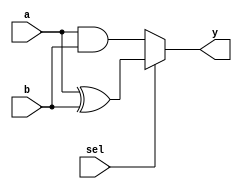
//
`timescale 1ns/10ps
module fn_sw(
        a,
        b,
        sel,
        y
);
input   a;
input   b;
input   sel;
output  y;
//1 ^
//assign y=sel?(a^b):(a&b); 
//2if-else
reg y;      //always reg
always @(a or b or sel) begin
    if (sel == 1)begin
        y<=a^b;
    end
    else begin
        y<=a&b;
    end
end
endmodule

module fn_sw_tb;
reg     aa,bb,ss;
wire    yy;
fn_sw fn_sw(
        .a(aa),
        .b(bb),
        .sel(ss),
        .y(yy)
);

initial begin
        aa<=0;bb<=0;ss<=0;
    #10 aa<=0;bb<=0;ss<=1;
    #10 aa<=0;bb<=1;ss<=0;
    #10 aa<=0;bb<=1;ss<=1;
    #10 aa<=1;bb<=0;ss<=0;
    #10 aa<=1;bb<=0;ss<=1;
    #10 aa<=1;bb<=1;ss<=1;
    #10 $stop;
end

initial begin
    $dumpfile("fn_sw_tb.vcd"); // dumpfile
    $dumpvars; // dump all vars
end
endmodule